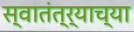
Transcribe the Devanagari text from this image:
स्‍वातंत्र्याच्‍या